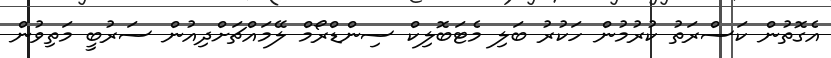
އެގޮތުން ކަސްރަތު ކުރުމުން ހަކުރު ބަލި މެޓަބޮލިކް ސިންޑްރޯމް ލޭމައްޗަށްދިއުން ސަރުބީ މަތިވުން